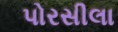
પોરસીલા